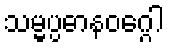
သမ္မပ္ပဓာနဝဂ္ဂေါ